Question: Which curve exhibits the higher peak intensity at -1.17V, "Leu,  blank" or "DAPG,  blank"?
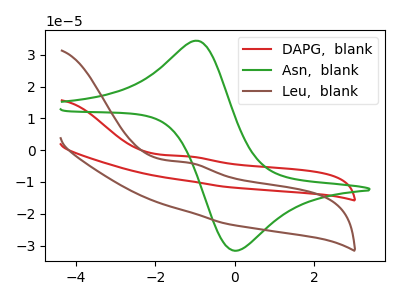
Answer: <think>The red curve "DAPG,  blank" has an anodic peak at: (-1.15V, -1.95uA). The green curve "Asn,  blank" has an anodic peak at (-0.90V, 34.35uA) and a cathodic peak at (0.00V, -31.65uA). The brown curve "Leu,  blank" has an anodic peak at: (-1.15V, -3.95uA).</think>
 <answer>The peak at -1.17V is lower in "Leu,  blank" than in "DAPG,  blank".</answer>
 <eval>lower</eval>